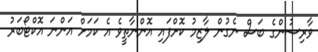
ވާރިސުންގެ ބަސް ނެގުން ލާޒިމު ކޮށްފައި އޮންނާތީވެ އެ ކަމަށް އަންނަ އޮކްޓޯބަރު